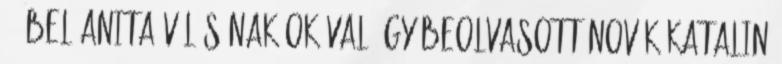
. Ábel Anita válásának okával úgy beolvasott Novák Katalin